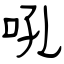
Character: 吼